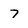
Character: 7